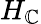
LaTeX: H_{\mathbb{C}}